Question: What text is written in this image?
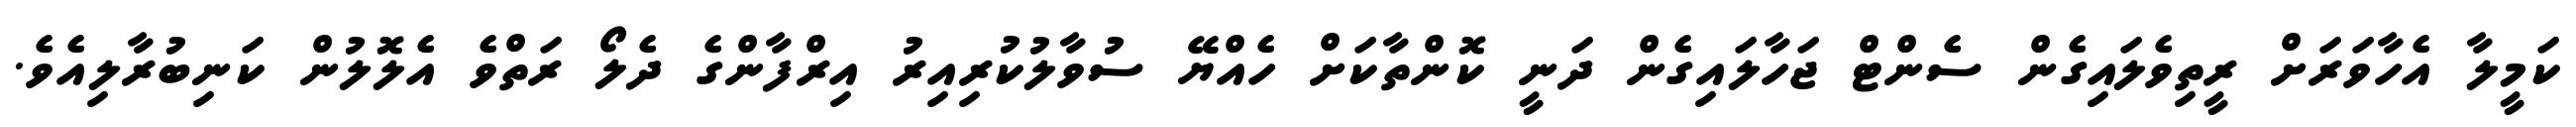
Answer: ކަމީލާ އެހާވަރަށް ރީތިވެލައިގެން ސެންޓް ޖަހާލައިގެން ދަނީ ކޮންތާކަށް ހެއްޔޭ ސުވާލުކުރިއިރު އިރްފާންގެ ދެލޯ ރަތްވެ އެލޮލުން ކަނިބުރާލިއެވެ.